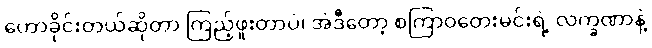
ဟောခိုင်းတယ်ဆိုတာ ကြည့်ဖူးတာပဲ၊ အဲဒီတော့ စကြာဝတေးမင်းရဲ့ လက္ခဏာနဲ့